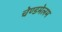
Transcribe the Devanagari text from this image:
चेण्डमेलम